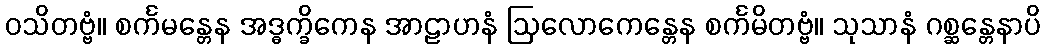
ဝသိတဗ္ဗံ။ စင်္ကမန္တေန အဒ္ဓက္ခိကေန အာဠာဟနံ ဩလောကေန္တေန စင်္ကမိတဗ္ဗံ။ သုသာနံ ဂစ္ဆန္တေနာပိ